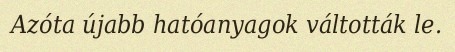
Azóta újabb hatóanyagok váltották le.